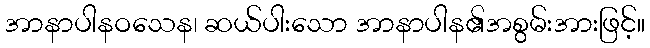
အာနာပါနဝသေန၊ ဆယ်ပါးသော အာနာပါန၏အစွမ်းအားဖြင့်။